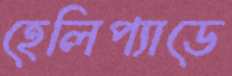
হেলিপ্যাডে